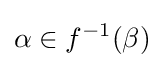
\alpha \in f^{-1}(\beta )